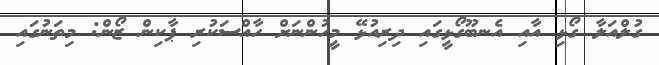
ގުލްއަލާ ގޯޅި އާއި އެނބޫގޯޅީގައި ދިރިއުޅޭ މީހުންނަށް ހާއްސަކުރި ޕާކިން ޒޯން: މިތަނުގައި